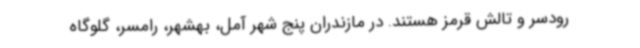
رودسر و تالش قرمز هستند. در مازندران پنج شهر آمل، بهشهر، رامسر، گلوگاه